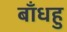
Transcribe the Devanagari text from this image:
बाँधहु